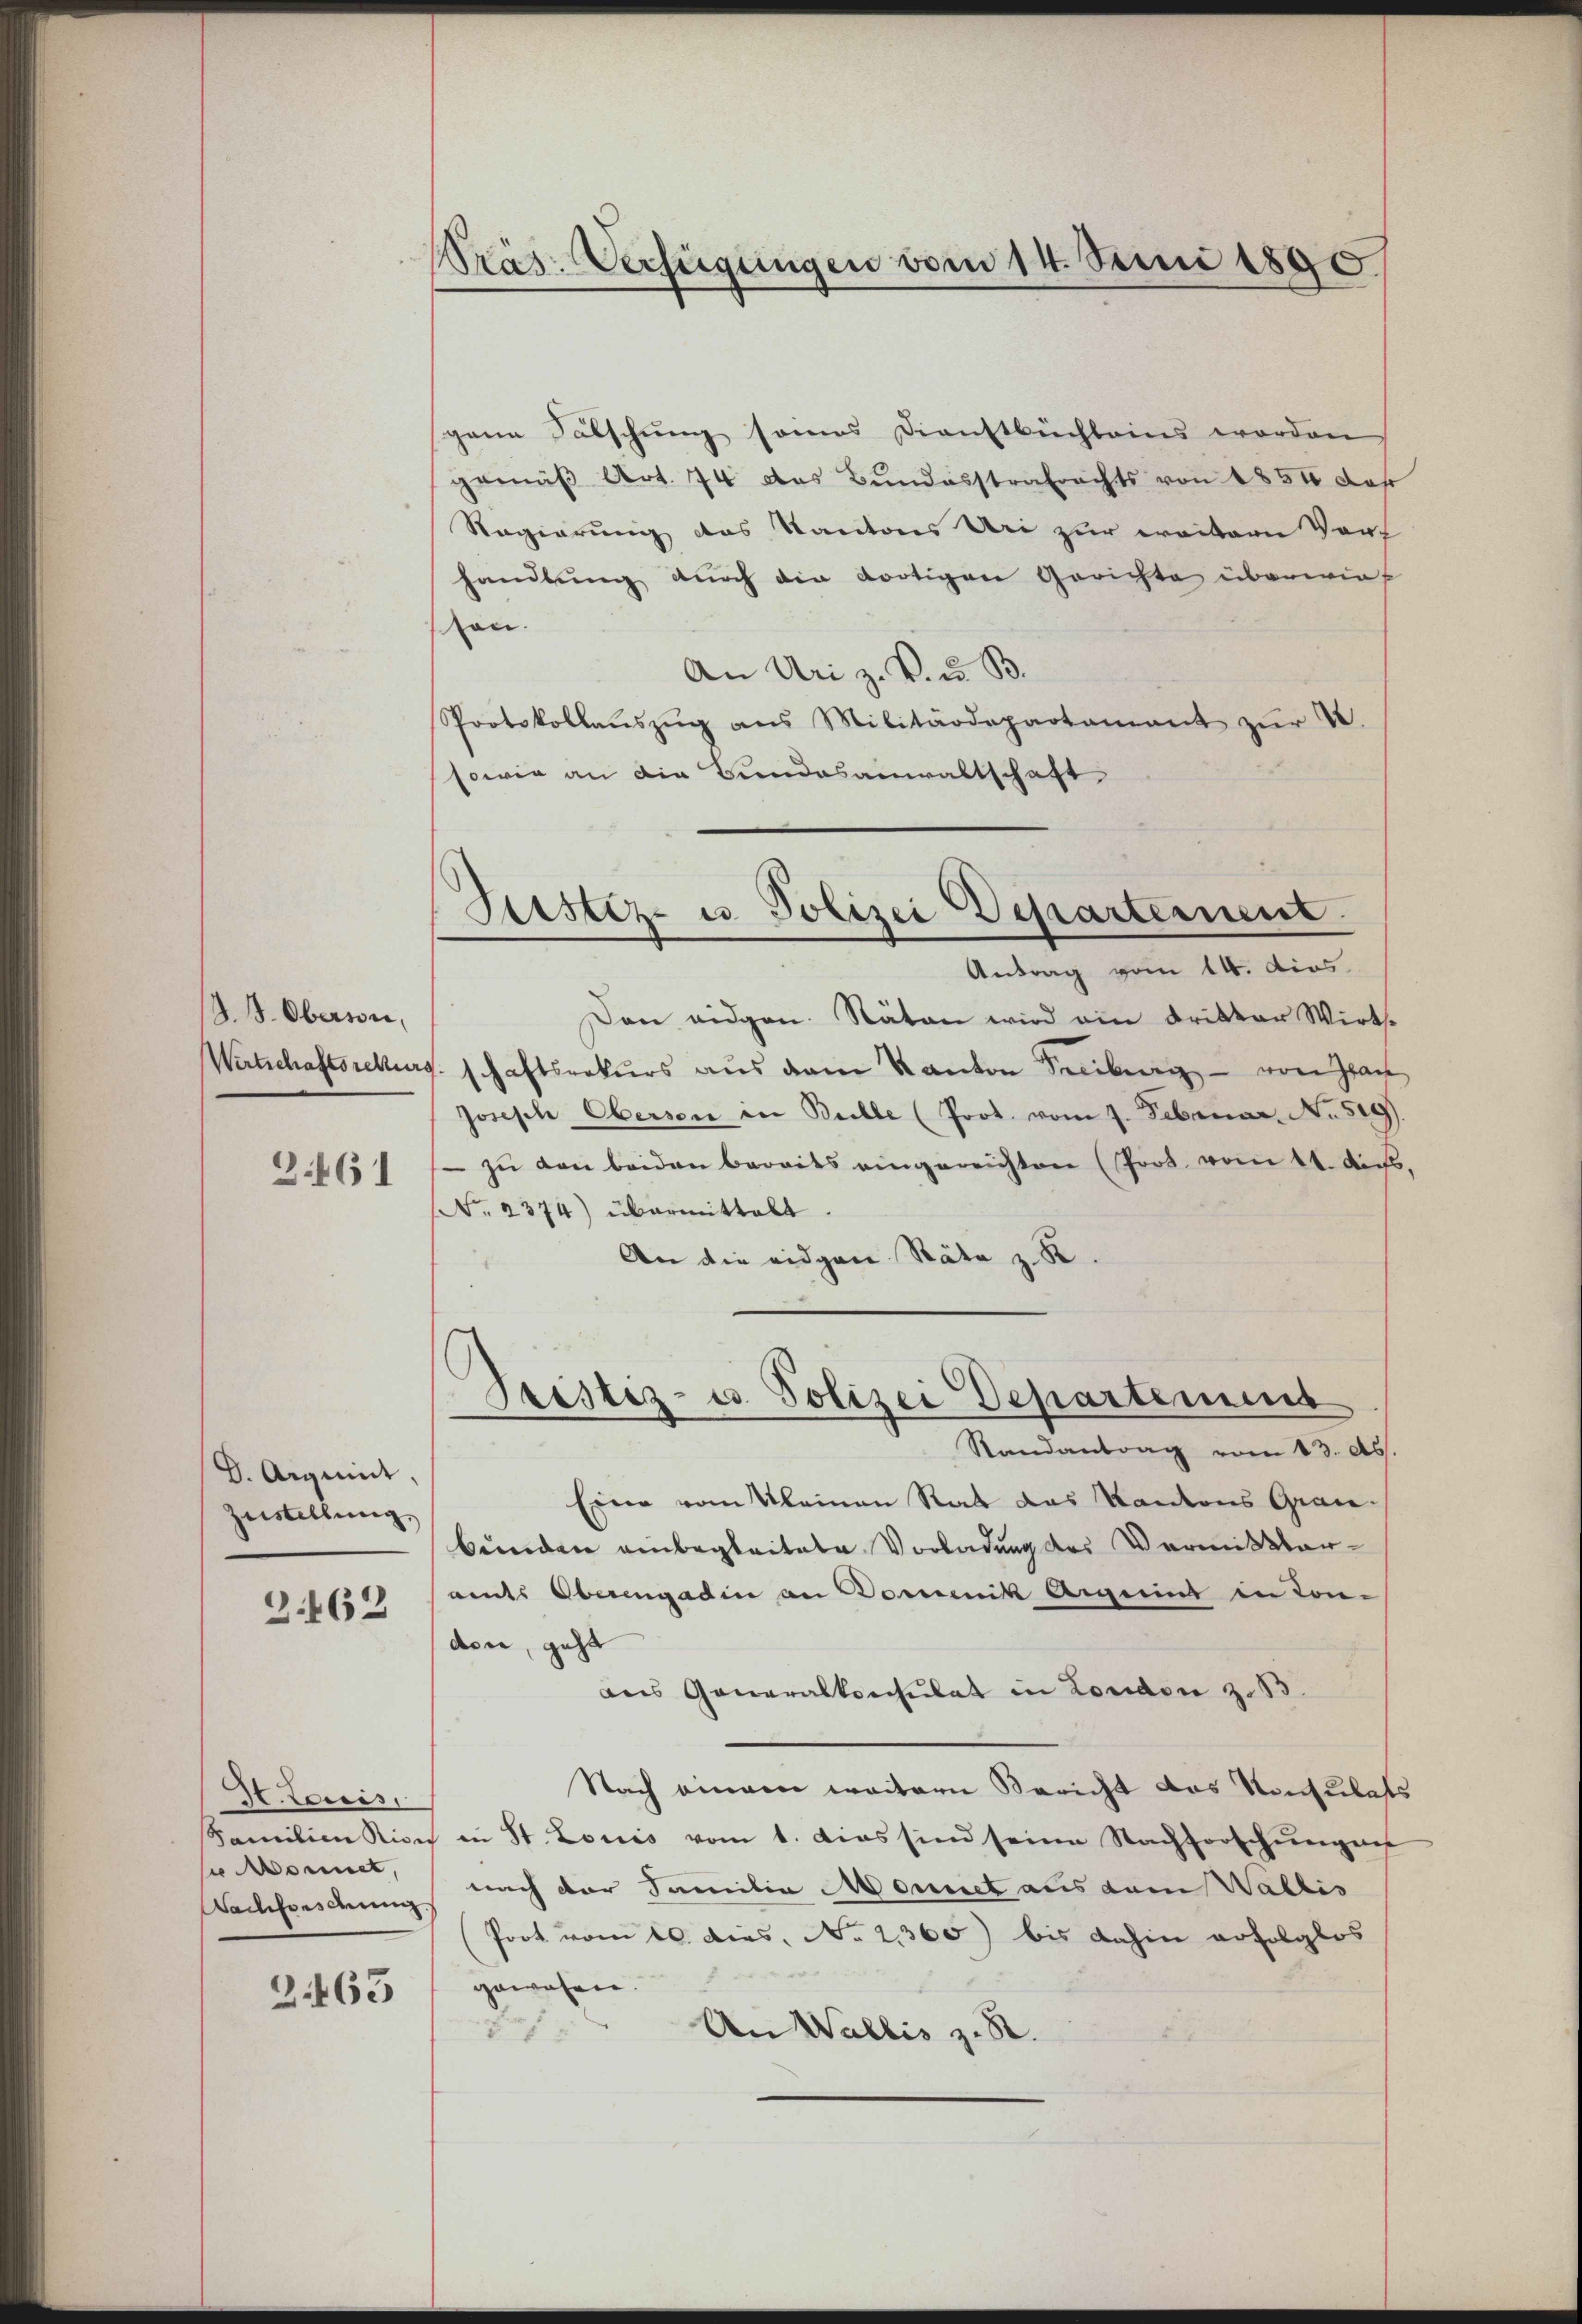
S. S. Oberson,
2.461

D. Aignet,
Zustellung

3462

H.teuis,
u Monnet,
Nachforsdenn

2.465

Präs. Verfügungen vom 14. Juni 1890

gane Sälschung seines Dienstbuchleins worden
gemäß Art. 74 das Bundesstrafrechts von 1854 das
Regierung des Kantons Uri zur weitern Vort
handlung durch die dortigen Gerichte überwieton.
An Uri z. B. u. B.
Protokollaŭszŭg ans Militärdepartament zŭr 4.
sowie an die Bundesanwaltschaft

Justiz- u. Polizei Departement.
Antrag vom 14. dies

Den eidgen. Räten wird ein Dritter Wirth¬
Wirtschaftssekurs schaftsrekurs aus dem Kanton Freiburg - von Jac
Josisch Obersen in Bulle (Prot. vom 7. Februar. No. 519.
- zu den beiden bereits eingereichten (Joos vom 11. Aus
No. 2374) übermittelt.
An die eidgen Räte z. R.
Randantrag vom 13. Abs.
Eine vom Kleinen Rat das Kantons Grau-
bunden einbegleitete Vorladung des Vermittanamts Oberengadin an Domeik Anging in Con-
den, geht
ans Generalkonsulat in London z. 13.
Nach einem weitern Bericht das Konsulats
Familien Kies in St. Louis vom 1. dies sind seine Nachforschungen
nach der Familia Monnet aus dem Wallis
Poot vom 10. dies. No. 2365) bis dahin erfolglos
gewesen.
An Wallis z. St.
Na

Pristiz- u. Polizei Departement